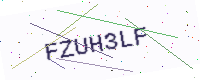
Text: FZUH3LF